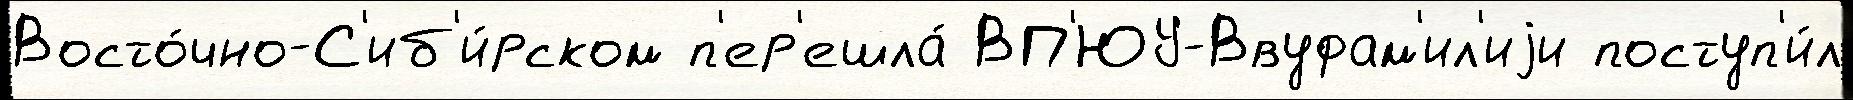
Восто́чно-С'иб'и́рском п'ер'ешла́ ВП'ЮУ-Ввуфам'ил'иjи поступ'и́л